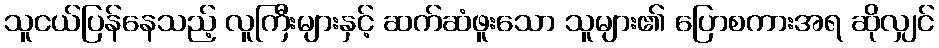
သူငယ်ပြန်နေသည့် လူကြီးများနှင့် ဆက်ဆံဖူးသော သူများ၏ ပြောစကားအရ ဆိုလျှင်